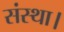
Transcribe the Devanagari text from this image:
संस्था।